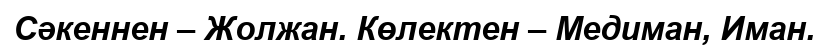
Сәкеннен – Жолжан. Көлектен – Медиман, Иман.